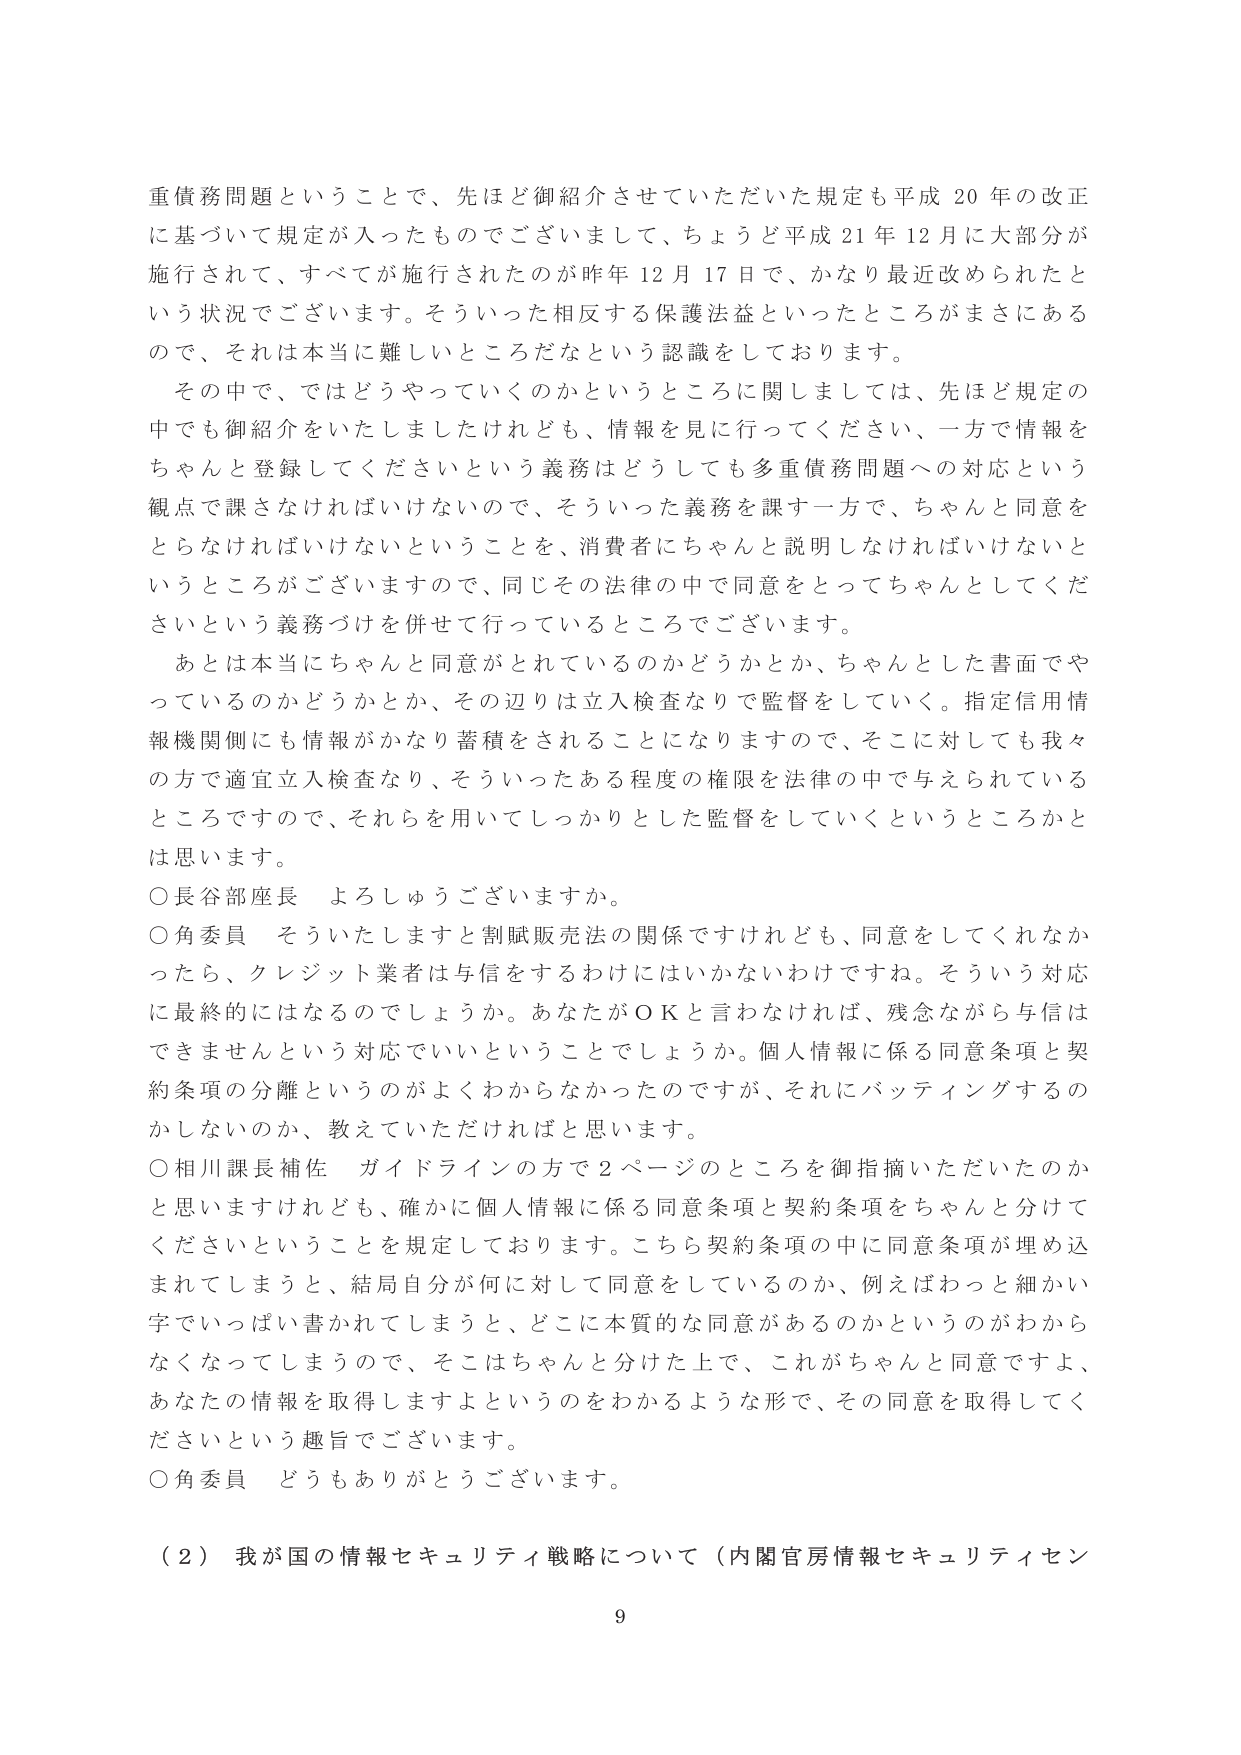
重債務問題ということで、先ほど御紹介させていただいた規定も平成20年の改正に基づいて規定が入ったものでございまして、ちょうど平成21年12月に大部分が施行されて、すべてが施行されたのが昨年12月17日で、かなり最近改められたという状況でございます。そういった相反する保護法益といったところがまさにあるので、それは本当に難しいところだなという認識をしております。

その中で、ではどうやっていくのかというところに関しましては、先ほど規定の中でも御紹介をいたしましたけれども、情報を見に行ってください、一方で情報をちゃんと登録してくださいという義務はどうしても多重債務問題への対応という観点で課さなければいけないので、そういった義務を課す一方で、ちゃんと同意をとらなければいけないということを、消費者にちゃんと説明しなければいけないというところがございますので、同じその法律の中で同意をとってちゃんとしてくださいという義務づけを併せて行っているところでございます。

あとは本当にちゃんと同意がとれているのかどうかとか、ちゃんとした書面でやっているのかどうかとか、その辺りは立入検査なりで監督をしていく。指定信用情報機関側にも情報がかなり蓄積されることになりますので、それに対しても我々の方で適宜立入検査なり、そういったある程度の権限を法律の中で与えられているところですので、それらを用いてしっかりとした監督をしていくというところかとは思います。

○長谷部座長　よろしゅうございますか。

○角委員　そういたしますと割賦販売法の関係ですけれども、同意をしてくれなかったら、クレジット業者は与信をするわけにはいかないわけですね。そういう対応に最終的にはなるのでしょうか。あなたがＯＫと言わなければ、残念ながら与信はできませんという対応でいいということでしょうか。個人情報に係る同意条項と契約条項の分離というのがよくわからなかったのですが、それにバッティングするのかしないのか、教えていただければと思います。

○相川課長補佐　ガイドラインの方で2ページのところを御指摘いただいたのかと思いますけれども、確かに個人情報に係る同意条項と契約条項をちゃんと分けてくださいということを規定しております。こちら契約条項の中に同意条項が埋め込まれてしまうと、結局自分が何に対して同意をしているのか、例えばわっと細かい字でいっぱい書かれてしまうと、どこに本質的な同意があるのかというのがわからなくなってしまうので、そこはちゃんと分けた上で、これがちゃんと同意ですよ、あなたの情報を取得しますよというのをわかるような形で、その同意を取得してくださいという趣旨でございます。

○角委員　どうもありがとうございます。

（2）我が国の情報セキュリティ戦略について（内閣官房情報セキュリティセン

9